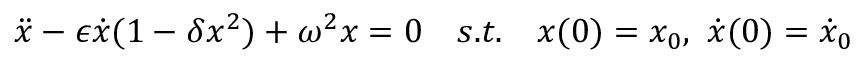
\ddot { x } - \epsilon \dot { x } ( 1 - \delta x ^ { 2 } ) + \omega ^ { 2 } x = 0 \quad s . t . \quad x ( 0 ) = x _ { 0 } , \ \dot { x } ( 0 ) = \dot { x } _ { 0 }